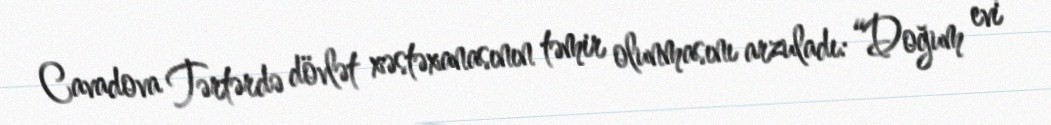
Cavadova Tərtərdə dövlət xəstəxanasının təmir olunmasını arzuladı: “Doğum evi